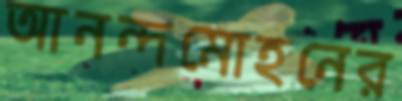
আনন্দমোহনের